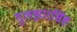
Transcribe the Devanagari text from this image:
गुलझारसिंह